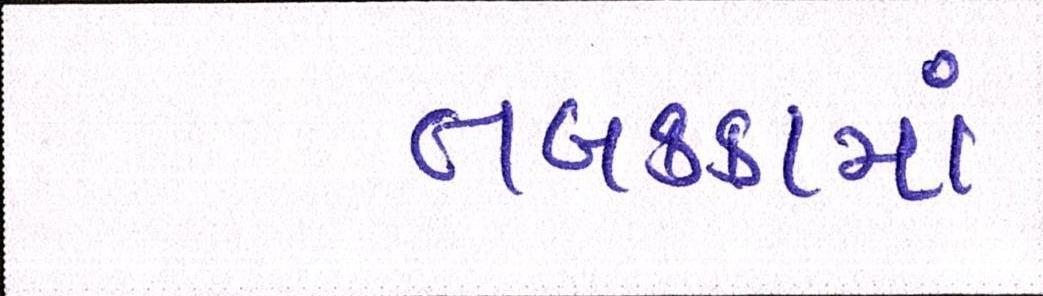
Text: તબકક્કામાં